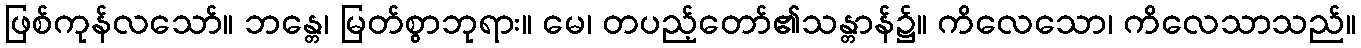
ဖြစ်ကုန်လသော်။ ဘန္တေ၊ မြတ်စွာဘုရား။ မေ၊ တပည့်တော်၏သန္တာန်၌။ ကိလေသော၊ ကိလေသာသည်။